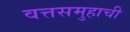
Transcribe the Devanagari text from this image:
वत्तसमुहाची